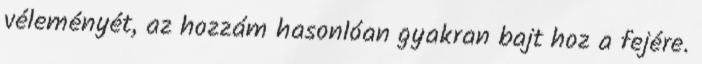
véleményét, az hozzám hasonlóan gyakran bajt hoz a fejére.